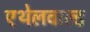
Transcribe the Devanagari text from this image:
एथेलवाल्ड